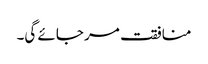
منافقت مر جائے گی۔